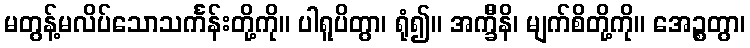
မတွန့်မလိပ်သောသင်္ကန်းတို့ကို။ ပါရူပိတွာ၊ ရုံ၍။ အက္ခီိနိ၊ မျက်စိတို့ကို။ အေဉ္စတွာ၊